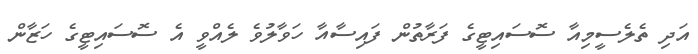
އަދި ތެލެސީމިއާ ސޮސައިޓީގެ ފަރާތުން ފައިސާއާ ހަވާލުވެ ލެއްވީ އެ ސޮސައިޓީގެ ހަޒާން